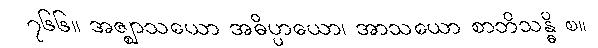
၇၆၆။ အဇ္ဈာသယော အဓိပ္ပာယော၊ အာသယော စာဘိသန္ဓိ စ။